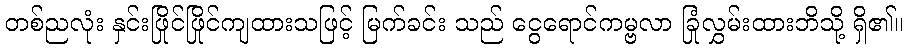
တစ်ညလုံး နှင်းဖြိုင်ဖြိုင်ကျထားသဖြင့် မြက်ခင်း သည် ငွေရောင်ကမ္ဗလာ ခြုံလွှမ်းထားဘိသို့ ရှိ၏။